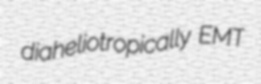
diaheliotropically EMT